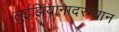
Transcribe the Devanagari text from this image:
लुईझियानादरम्यान